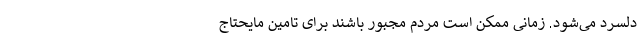
دلسرد می‌شود. زمانی ممکن است مردم مجبور باشند برای تامین مایحتاج